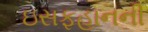
ઇસફહાનની